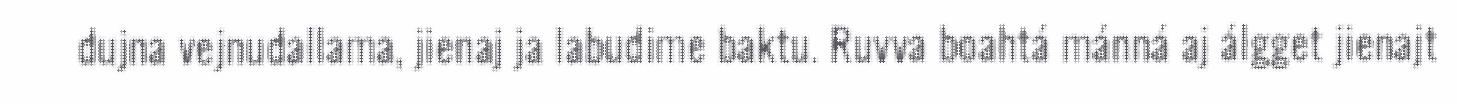
dujna vejnudallama, jienaj ja labudime baktu. Ruvva boahtá mánná aj álgget jienajt